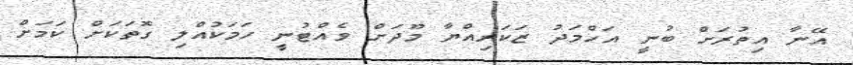
އޭނާ އިތުރަށް ބުނީ އަހްމަދު ޒަކަރިއްޔާ މޫދަށް ވެއްޓުނީ ހަމަކުއްލި ގޮތަކަށް ކަމަށް